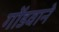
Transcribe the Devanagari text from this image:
गोंडवाने